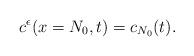
LaTeX: \begin{align*}c^{\epsilon}(x=N_0,t)=c_{N_0}(t).\end{align*}